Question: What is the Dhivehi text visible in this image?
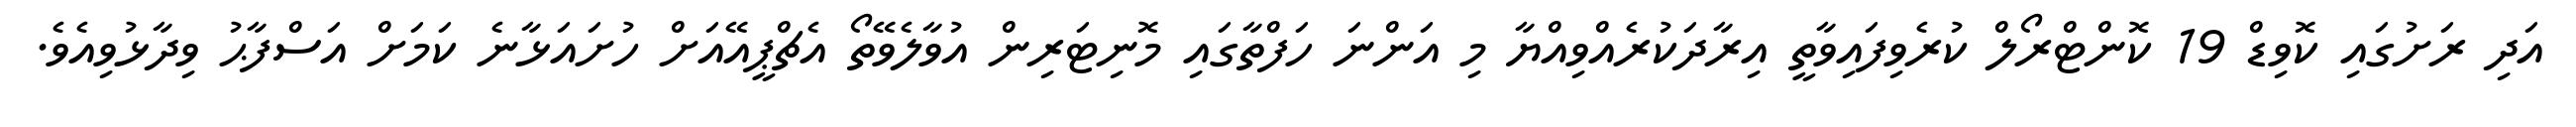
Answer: އަދި ރަށުގައި ކޮވިޑް 19 ކޮންޓްރޯލް ކުރެވިފައިވާތީ އިރާދަކުރެއްވިއްޔާ މި އަންނަ ހަފްތާގައި މޮނިޓަރިން އުވާލެވޭތޯ އެޗްޕީއޭއަށް ހުށައަޅާނެ ކަމަށް އަސްފާޙު ވިދާޅުވިއެވެ.